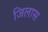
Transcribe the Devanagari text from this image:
जिलास